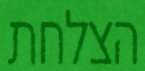
הצלחת